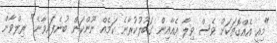
"މިއީ އެއްގޮތަކަށް ވެސް ވިލާ އެއާއިން ގަބޫލުކުރާނެ ކަމެއް ނޫންކަން ބުނެފައިވާނެ" ރިލްވާން